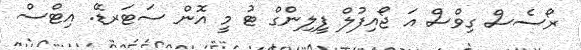
ރޯސެސް ގިވްސް އަ ޖޯއިފުލް ފީލިންގް ޓު މީ އޮން ސަޓަރޑޭ. އިޓްސް